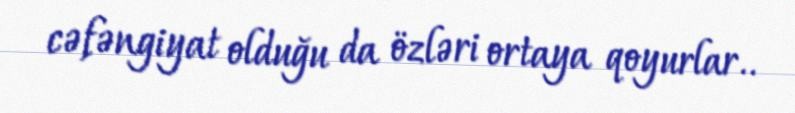
cəfəngiyat olduğu da özləri ortaya qoyurlar..